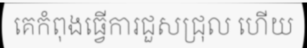
គេកំពុងធ្វើការជួសជ្រុល ហើយ